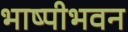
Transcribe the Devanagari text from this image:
भाष्पीभवन